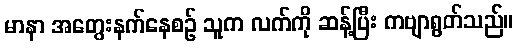
မာနာ အတွေးနက်နေစဉ် သူက လက်ကို ဆန့်ပြီး ကဗျာရွတ်သည်။